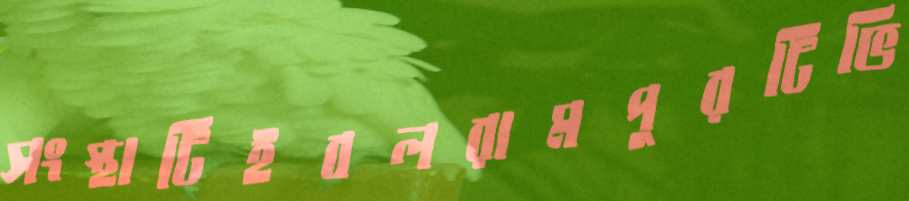
সংস্থাটিইবলরামপুরটিভি